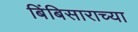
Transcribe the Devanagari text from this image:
बिंबिसाराच्या